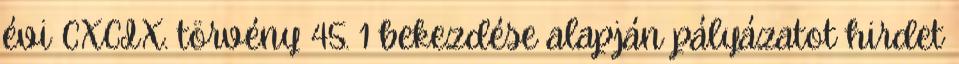
évi CXCIX. törvény 45. 1 bekezdése alapján pályázatot hirdet